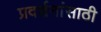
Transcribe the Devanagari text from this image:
प्रदर्शनांसाठी